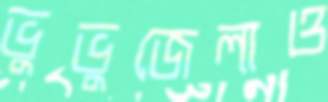
ভুভুজেলাও